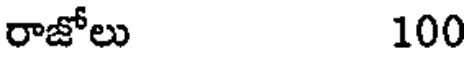
రాజోలు 100